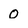
Character: 0